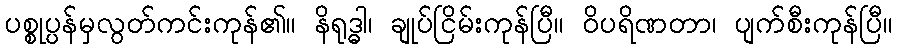
ပစ္စုပ္ပန်မှလွတ်ကင်းကုန်၏။ နိရုဒ္ဓါ၊ ချုပ်ငြိမ်းကုန်ပြီ။ ဝိပရိဏတာ၊ ပျက်စီးကုန်ပြီ။